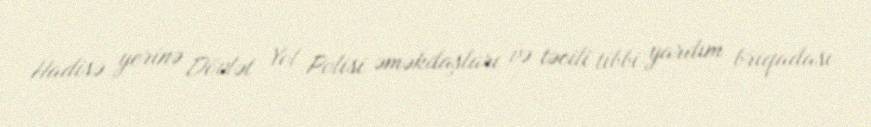
Hadisə yerinə Dövlət Yol Polisi əməkdaşları və təcili tibbi yardım briqadası